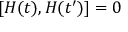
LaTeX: [ H ( t ) , H ( t ^ { \prime } ) ] = 0